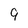
Character: 9